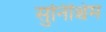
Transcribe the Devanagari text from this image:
सुनिश्चिम